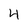
Character: 4